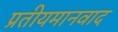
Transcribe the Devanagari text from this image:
प्रतीयमानवाद